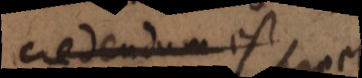
credendum est.